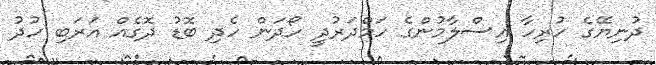
ދުނިޔޭގެ ހުރިހާ އިސްލާމުންގެ ހަމްދަރުދީ ހޯދަން ހެދި ބޮޑު ދޮގެއް އަރަބި ހުދު